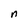
Character: n